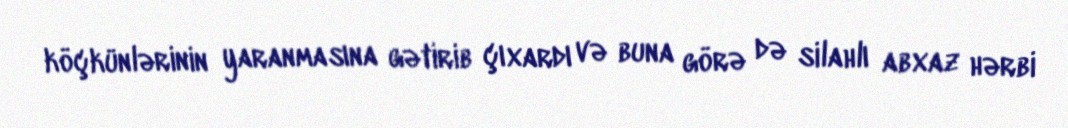
köçkünlərinin yaranmasına gətirib çıxardı və buna görə də silahlı abxaz hərbi